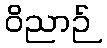
ဝိညာဉ်